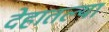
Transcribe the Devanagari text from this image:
देहातल्या